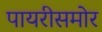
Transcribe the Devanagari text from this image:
पायरीसमोर